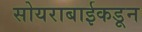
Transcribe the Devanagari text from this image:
सोयराबाईकडून